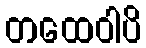
တထေဝါပိ